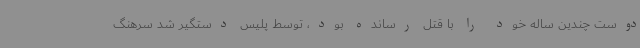
دوست چندین ساله خود را با قتل رسانده بود، توسط پلیس دستگیر شد سرهنگ